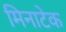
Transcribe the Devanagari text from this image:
मिनाटेक